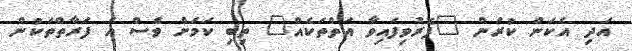
އަދި އެކަން ކުރަން "ފޮރުވިފައިވާ އަތްތަކެއް" ތިބި ކަމަށް ވެސް އެ ފަރާތްތަކުން